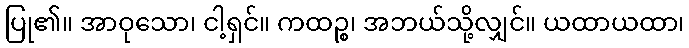
ပြု၏။ အာဝုသော၊ ငါ့ရှင်။ ကထဉ္စ၊ အဘယ်သို့လျှင်။ ယထာယထာ၊